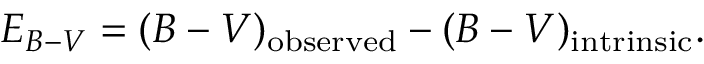
E _ { B - V } = ( B - V ) _ { \mathrm { o b s e r v e d } } - ( B - V ) _ { \mathrm { i n t r i n s i c } } .